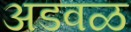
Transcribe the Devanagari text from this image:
अडवळ